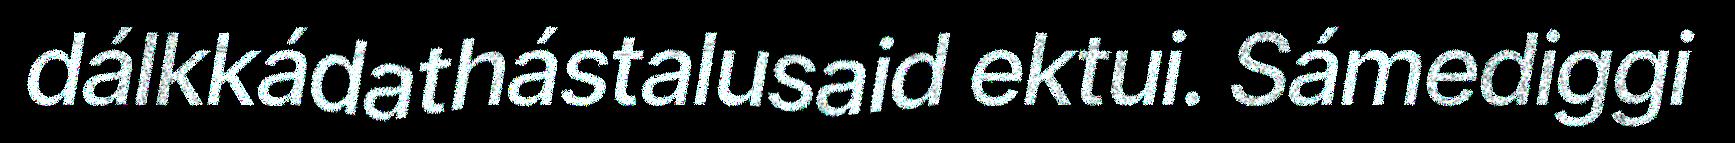
dálkkádathástalusaid ektui. Sámediggi